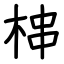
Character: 梙